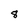
Character: 8